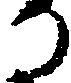
る